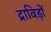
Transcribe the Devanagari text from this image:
द्राविड़ों